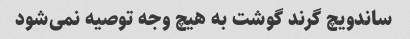
ساندویچ گرند گوشت به هیچ وجه توصیه نمی‌شود